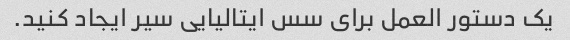
یک دستور العمل برای سس ایتالیایی سیر ایجاد کنید.